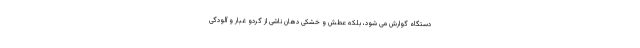
دستگاه گوارش می شود، بلکه عطش و خشکی دهان ناشی از گردو غبار و آلودگی